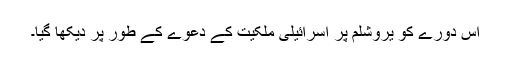
اس دورے کو یروشلم پر اسرائیلی ملکیت کے دعوے کے طور پر دیکھا گیا۔